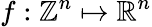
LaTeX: f:\mathbb{Z}^{n}\mapsto\mathbb{R}^{n}